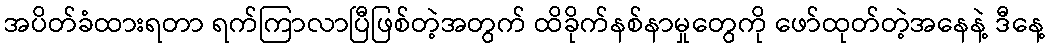
အပိတ်ခံထားရတာ ရက်ကြာလာပြီဖြစ်တဲ့အတွက် ထိခိုက်နစ်နာမှုတွေကို ဖော်ထုတ်တဲ့အနေနဲ့ ဒီနေ့